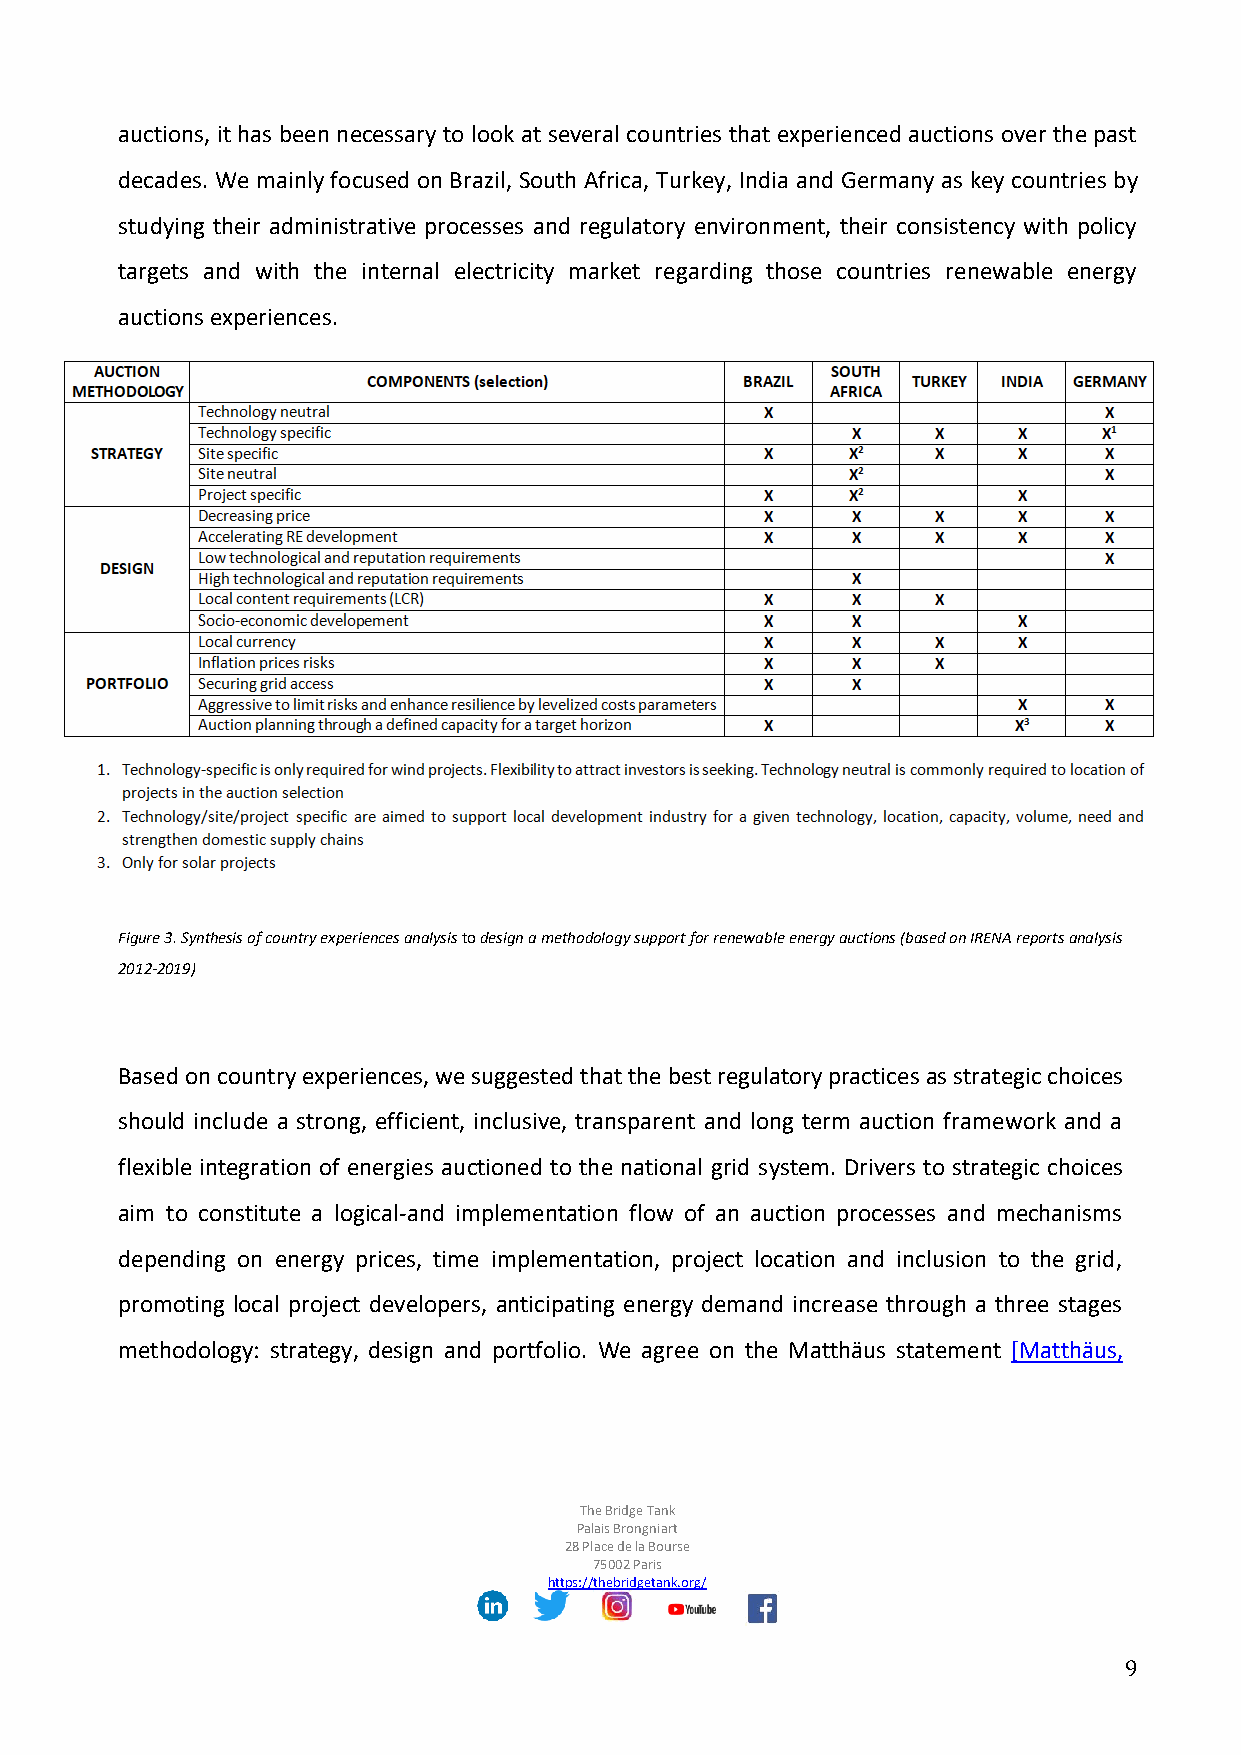
auctions, it has been necessary to look at several countries that experienced auctions over the past
 decades. We mainly focused on Brazil, South Africa, Turkey, India and Germany as key countries by
 studying their administrative processes and regulatory environment, their consistency with policy
 targets and with the internal electricity market regarding those countries renewable energy
 auctions experiences.
 Figure 3. Synthesis of country experiences analysis to design a methodology support for renewable energy auctions (based on IRENA reports analysis
 2012-2019)
 Based on country experiences, we suggested that the best regulatory practices as strategic choices
 should include a strong, efficient, inclusive, transparent and long term auction framework and a
 flexible integration of energies auctioned to the national grid system. Drivers to strategic choices
 aim to constitute a logical-and implementation flow of an auction processes and mechanisms
 depending on energy prices, time implementation, project location and inclusion to the grid,
 promoting local project developers, anticipating energy demand increase through a three stages
 methodology: strategy, design and portfolio. We agree on the Matthäus statement [Matthäus,
 The Bridge Tank
 Palais Brongniart
 28 Place de la Bourse
 75002 Paris
 https://thebridgetank.org/
 9